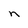
Character: n